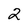
Character: 2